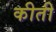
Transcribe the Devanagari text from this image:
कीती